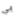
بي